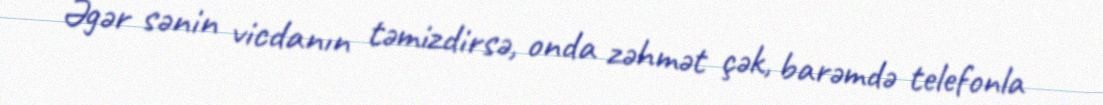
Əgər sənin vicdanın təmizdirsə, onda zəhmət çək, barəmdə telefonla